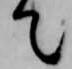
て